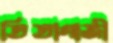
তিতাগাজী